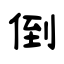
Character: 倒